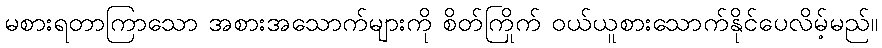
မစားရတာကြာသော အစားအသောက်များကို စိတ်ကြိုက် ဝယ်ယူစားသောက်နိုင်ပေလိမ့်မည်။